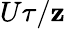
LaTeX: U\tau/\mathbf{z}